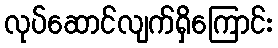
လုပ်ဆောင်လျက်ရှိကြောင်း